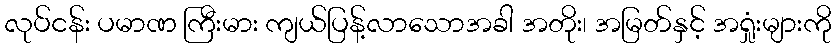
လုပ်ငန်း ပမာဏ ကြီးမား ကျယ်ပြန့်လာသောအခါ အတိုး၊ အမြတ်နှင့် အရှုံးများကို